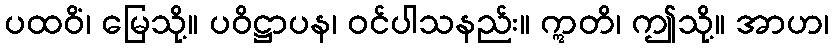
ပထဝိံ၊ မြေသို့။ ပဝိဋ္ဌာပန၊ ဝင်ပါသနည်း။ ဣတိ၊ ဤသို့။ အာဟ၊